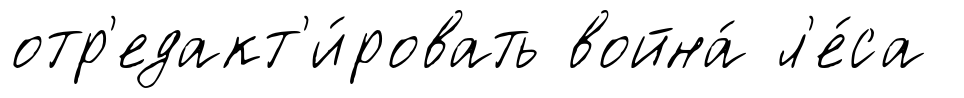
отр'едакт'и́ровать война́ л'е́са